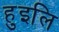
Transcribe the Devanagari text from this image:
हुइलि